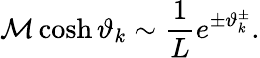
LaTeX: {\cal M}\cosh\vartheta_{k}\sim\displaystyle\frac{1}{L}e^{\pm\vartheta_{k}^{\pm}}.